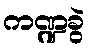
ကဏ္ဍခွဲ